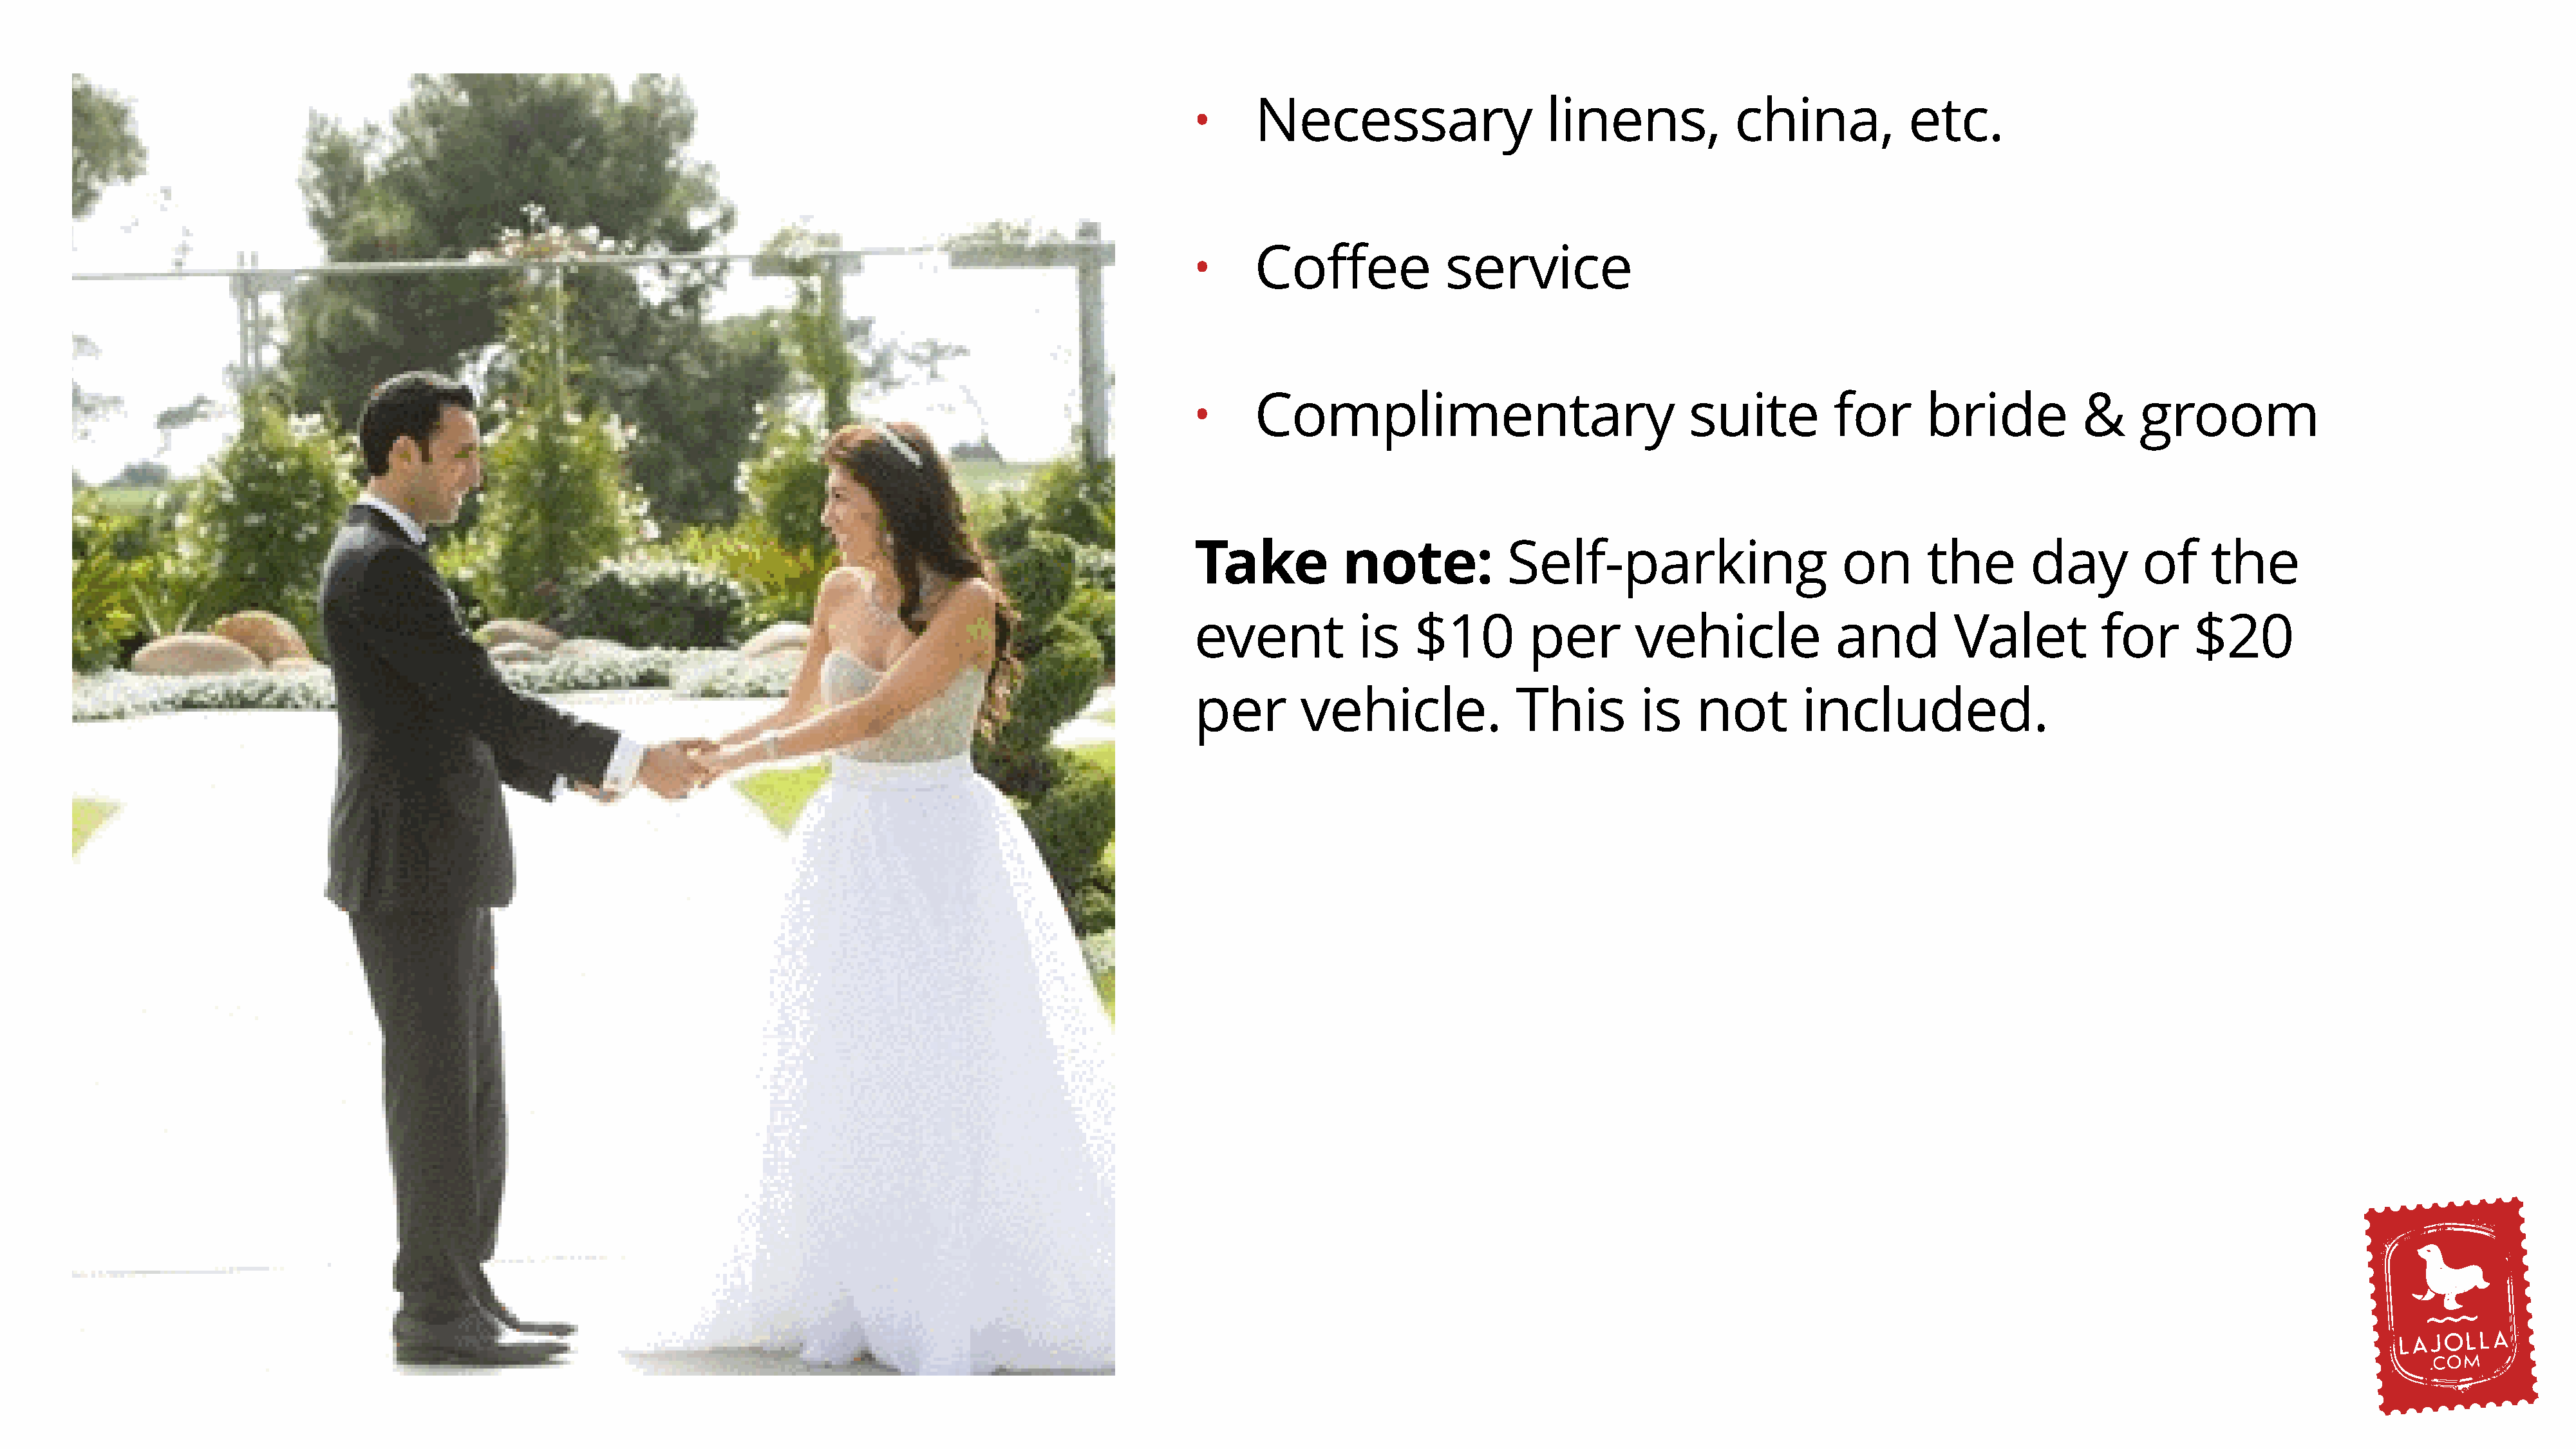
Necessary                     linens,            china,            etc.
 •
 Coffee              service
 •
 Complimentary                                suite         for       bride           &     groom
 •
 Take           note:            Self-parking                      on       the        day        of     the
 event            is   $10         per        vehicle              and         Valet          for      $20
 per        vehicle.              This         is   not        included.